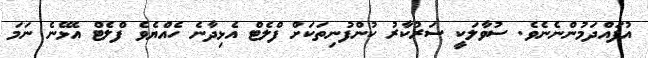
އުފައްދަމުންނެނެވެ. ސުވާލަކީ ސަރުކާރު ކުންފުނިތަކަށް ފްލެޓް އެޅިދާނެ ހެއްޔެވެ ފްލެޓް އެޅޭނެ ނަމަ